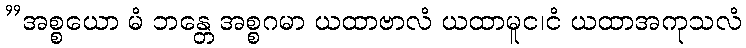
”အစ္စယော မံ ဘန္တေ အစ္စဂမာ ယထာဗာလံ ယထာမူင၊ငံ ယထာအကုသလံ